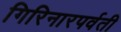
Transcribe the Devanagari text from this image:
गिरिनारपर्वती